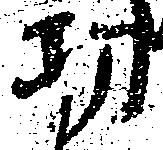
功